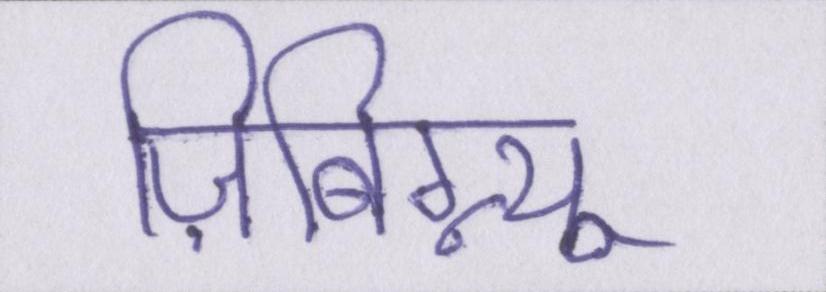
ज़िबिग्न्यू